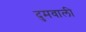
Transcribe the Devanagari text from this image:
दुमवाली